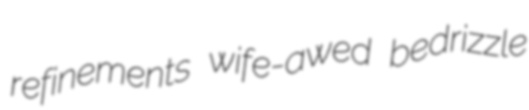
refinements wife-awed bedrizzle